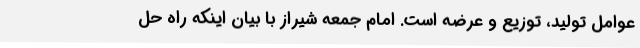
عوامل تولید، توزیع و عرضه است. امام جمعه شیراز با بیان اینکه راه حل